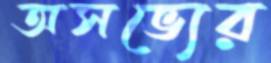
অসভ্যের